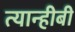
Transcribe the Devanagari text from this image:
त्यान्हीबी